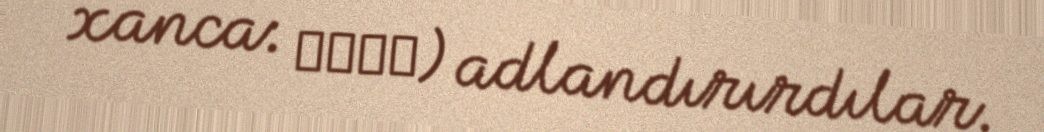
xanca: 杜鵑花煎) adlandırırdılar.